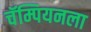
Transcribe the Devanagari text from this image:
चॅम्पियनला